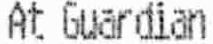
AT GUARDIAN